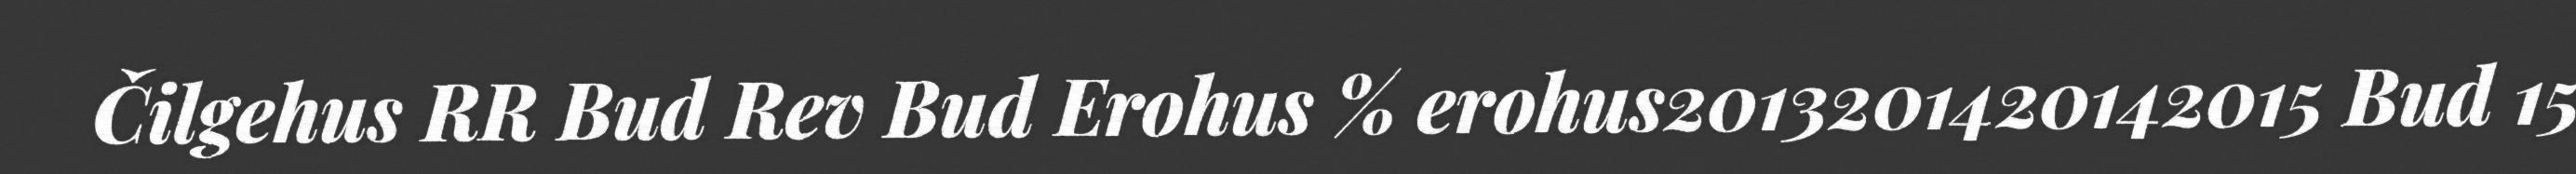
Čilgehus RR Bud Rev Bud Erohus % erohus2013201420142015 Bud 15